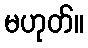
မဟုတ်။